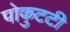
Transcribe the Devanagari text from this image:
पोकुटटी